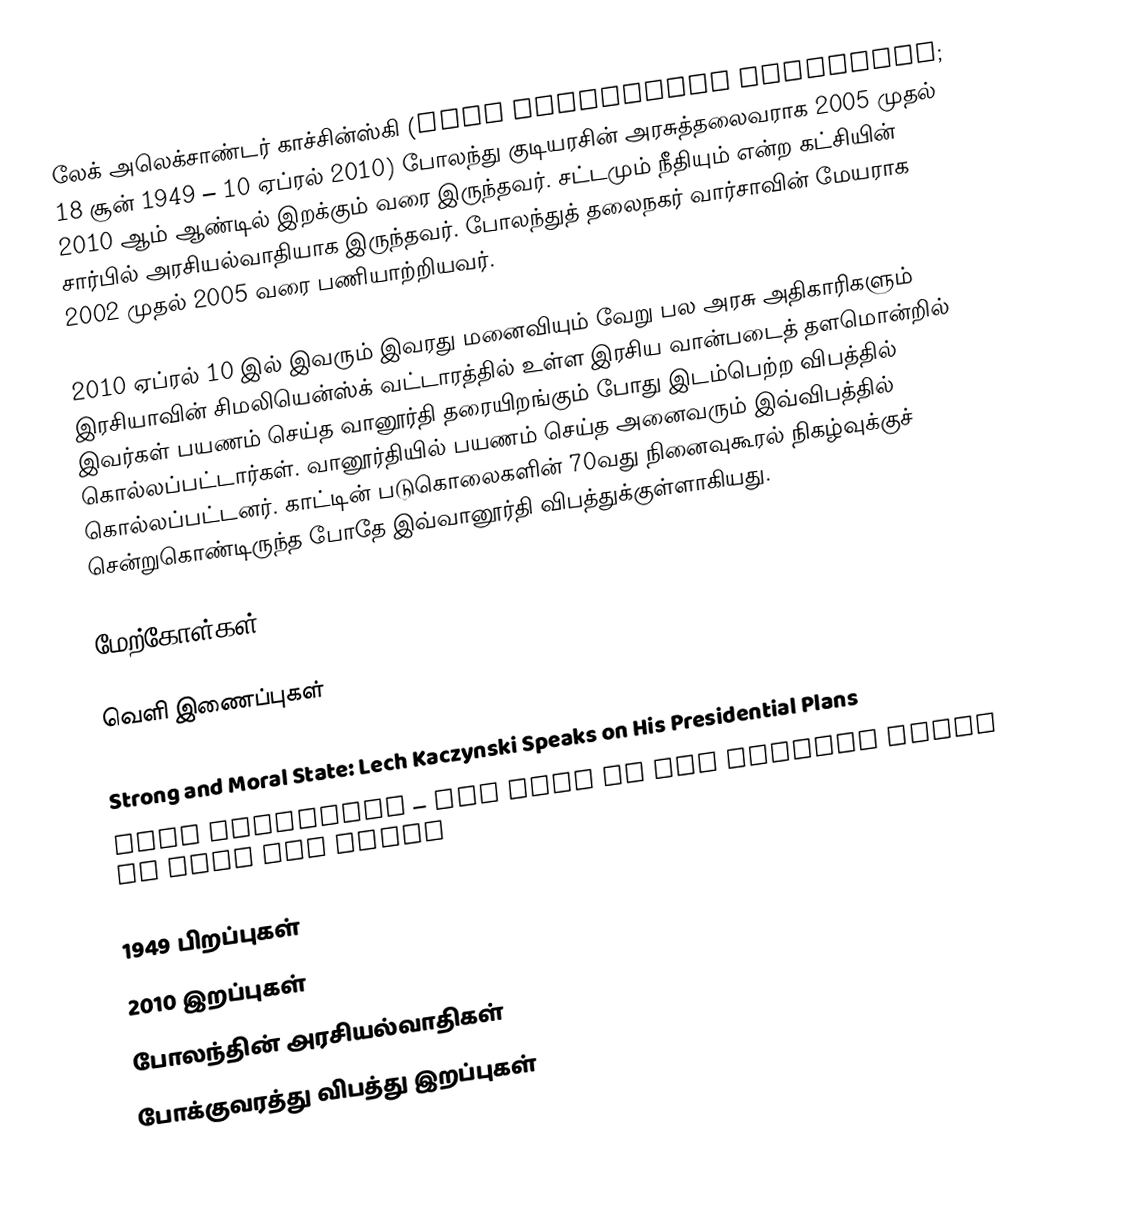
லேக் அலெக்சாண்டர் காச்சின்ஸ்கி (Lech Aleksander Kaczyński; 18 சூன் 1949 – 10 ஏப்ரல் 2010) போலந்து குடியரசின் அரசுத்தலைவராக 2005 முதல் 2010 ஆம் ஆண்டில் இறக்கும் வரை இருந்தவர். சட்டமும் நீதியும் என்ற கட்சியின் சார்பில் அரசியல்வாதியாக இருந்தவர். போலந்துத் தலைநகர் வார்சாவின் மேயராக 2002 முதல் 2005 வரை பணியாற்றியவர்.

2010 ஏப்ரல் 10 இல் இவரும் இவரது மனைவியும் வேறு பல அரசு அதிகாரிகளும் இரசியாவின் சிமலியென்ஸ்க் வட்டாரத்தில் உள்ள இரசிய வான்படைத் தளமொன்றில் இவர்கள் பயணம் செய்த வானூர்தி தரையிறங்கும் போது இடம்பெற்ற விபத்தில் கொல்லப்பட்டார்கள். வானூர்தியில் பயணம் செய்த அனைவரும் இவ்விபத்தில் கொல்லப்பட்டனர். காட்டின் படுகொலைகளின் 70வது நினைவுகூரல் நிகழ்வுக்குச் சென்றுகொண்டிருந்த போதே இவ்வானூர்தி விபத்துக்குள்ளாகியது.

மேற்கோள்கள்

வெளி இணைப்புகள்

 Strong and Moral State: Lech Kaczynski Speaks on His Presidential Plans
 Lech Kaczynski – The Head of the Capital Ready to Head the State

1949 பிறப்புகள்
2010 இறப்புகள்
போலந்தின் அரசியல்வாதிகள்
போக்குவரத்து விபத்து இறப்புகள்